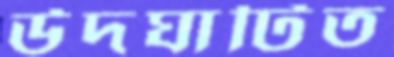
উদঘাটিত